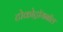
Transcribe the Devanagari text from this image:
टोकोट्रॉयनॉल